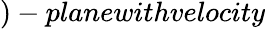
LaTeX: )-planewithvelocity